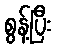
စွန့်ပြီး